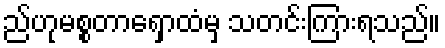
ည်ဟုမစ္စတာရှောထံမှ သတင်းကြားရသည်။